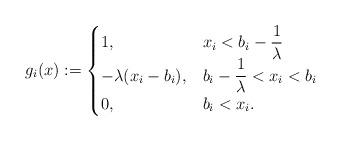
LaTeX: \begin{align*}g_{i}(x):= \begin{cases} 1, & x_i <b_i - \dfrac{1}{\lambda} \\-\lambda(x_i - b_i), & b_i - \dfrac{1}{\lambda} < x_i <b_i \\0 , & b_i<x_i. \end{cases} \\ \end{align*}